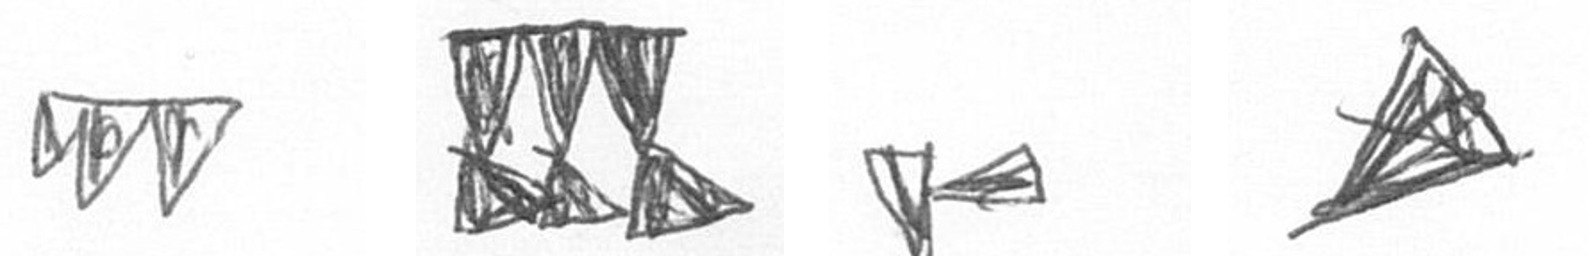
L D F O